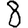
Digit: 8